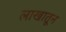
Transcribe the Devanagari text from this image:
लाखातून